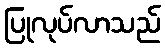
ပြုလုပ်လာသည်